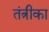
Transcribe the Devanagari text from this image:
तंत्रीका